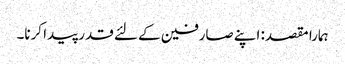
ہمارا مقصد: اپنے صارفین کے لئے قدر پیدا کرنا۔